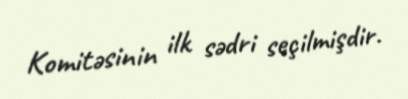
Komitəsinin ilk sədri seçilmişdir.